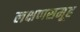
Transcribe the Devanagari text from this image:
लक्षणसमूह